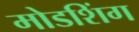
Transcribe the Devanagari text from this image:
मोडशिंग